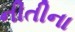
નીતીના